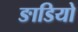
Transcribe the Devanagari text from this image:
ङाडियो